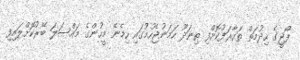
ފޯޖީގެ ހިދުމަތް ތައާރަފުކޮށްފި ތިނަދޫ ހަމަނުޖެހުމުގައި ހިމެނޭ މީހުންގެ މައްސަލަ ބޭރުކޮށްލައިފި